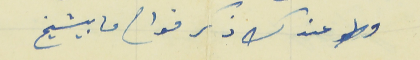
وعندك ذكر فواح ما بيشيخ